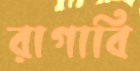
রাগাবি